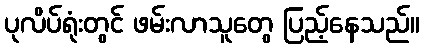
ပုလိပ်ရုံးတွင် ဖမ်းလာသူတွေ ပြည့်နေသည်။